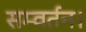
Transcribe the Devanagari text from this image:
सम्वर्तन।